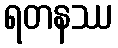
ရတနဿ